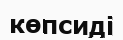
көпсиді